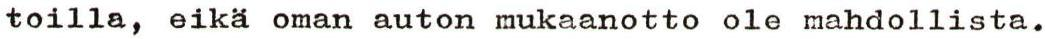
toilla, eikä oman auton mukaanotto ole mahdollista.